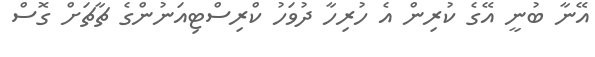
އޭނާ ބުނީ އޭގެ ކުރިން އެ ހުރިހާ ދުވަހު ކްރިސްޓިއަނުންގެ ޗާޗަށް ގޮސް